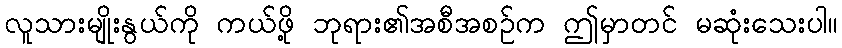
လူသားမျိုးနွယ်ကို ကယ်ဖို့ ဘုရား၏အစီအစဉ်က ဤမှာတင် မဆုံးသေးပါ။